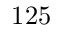
1 2 5